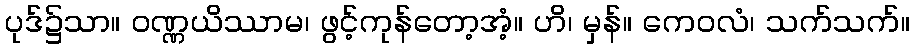
ပုဒ်၌သာ။ ဝဏ္ဏယိဿာမ၊ ဖွင့်ကုန်တော့အံ့။ ဟိ၊ မှန်။ ကေဝလံ၊ သက်သက်။